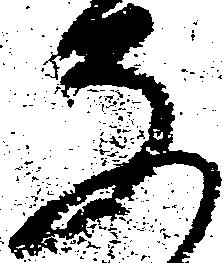
な